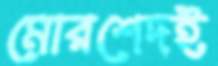
মোরশেদই